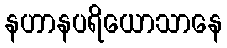
နဟာနပရိယောသာနေ